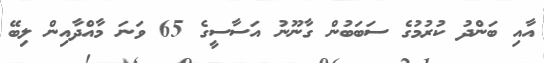
އާއި ބަންދު ކުރުމުގެ ސަބަބުން ގާނޫނު އަސާސީގެ 65 ވަނަ މާއްދާއިން ލިބޭ